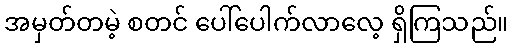
အမှတ်တမဲ့ စတင် ပေါ်ပေါက်လာလေ့ ရှိကြသည်။